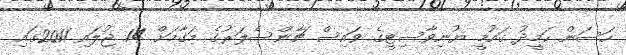
ހަސަން ހަމީދު ގައުމީ ޔުނިވާސިޓީގެ ވައިސް ޗާންސެލަރުގެ މަގާމަށް 14 ޖުލައި 2011ގައި